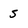
Character: 5